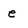
Character: e